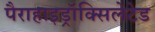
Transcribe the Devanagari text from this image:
पैराहाइड्रॉक्सिलेटेड